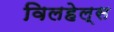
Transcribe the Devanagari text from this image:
विलहेल्स